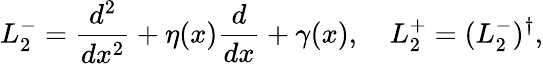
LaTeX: L_{2}^{-}=\frac{d^{2}}{dx^{2}}+\eta(x)\frac{d}{dx}+\gamma(x),\quad L_{2}^{+}=(L_{2}^{-})^{\dagger},